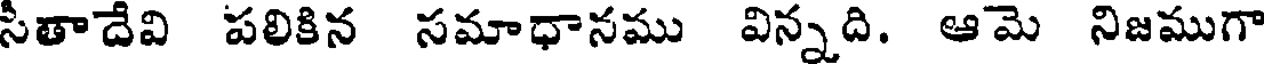
సీతాదేవి పలికిన సమాధానము విన్నది. ఆమె నిజముగా